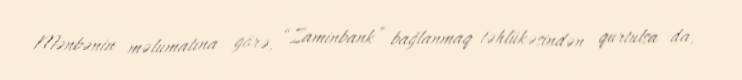
Mənbənin məlumatına görə, “Zaminbank” bağlanmaq təhlükəsindən qurtulsa da,